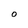
Character: O